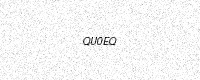
Text: QU0EQ